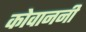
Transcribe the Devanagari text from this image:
कोवाननी